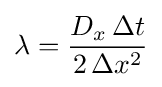
\lambda ={\frac {D_{x}\,\Delta t}{2\,\Delta x^{2}}}